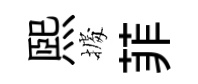
熙𢴃菲